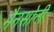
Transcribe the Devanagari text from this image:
मैनसोनी